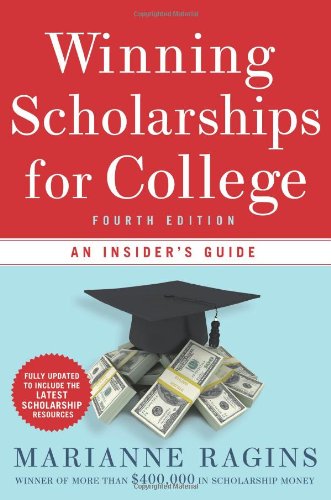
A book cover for Winning Scholarships for College, Fourth Edition: An Insider's Guide; Marianne Ragins; Education & Teaching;